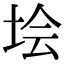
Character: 𡋗